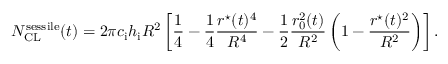
N _ { \mathrm { C L } } ^ { \mathrm { s e s s i l e } } ( t ) = 2 \pi c _ { \mathrm { i } } h _ { \mathrm { i } } R ^ { 2 } \left[ \frac { 1 } { 4 } - \frac { 1 } { 4 } \frac { r ^ { \star } ( t ) ^ { 4 } } { R ^ { 4 } } - \frac { 1 } { 2 } \frac { r _ { 0 } ^ { 2 } ( t ) } { R ^ { 2 } } \left( 1 - \frac { r ^ { \star } ( t ) ^ { 2 } } { R ^ { 2 } } \right) \right] .